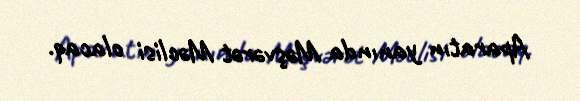
Aparatın yanında Məşvərət Məclisi olacaq.